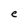
Character: e